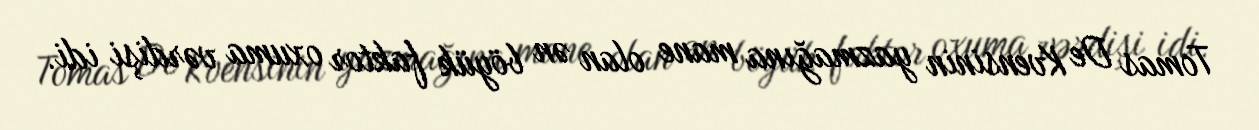
Tomas De Kvensinin yazmağına mane olan ən böyük faktor oxuma vərdişi idi.